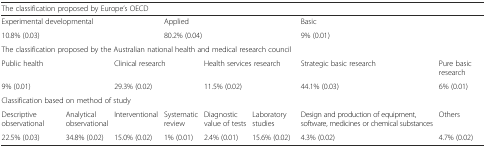
| <COLSPAN=8> The classification proposed by Europe’s OECD |
 | --- | --- | --- | --- | --- | --- | --- | --- |
 | <COLSPAN=3> Experimental developmental | <COLSPAN=3> Applied | <COLSPAN=2> Basic |
 | <COLSPAN=3> 10.8% (0.03) | <COLSPAN=3> 80.2% (0.04) | <COLSPAN=2> 9% (0.01) |
 | <COLSPAN=8> The classification proposed by the Australian national health and medical research council |
 | <COLSPAN=2> Public health | <COLSPAN=2> Clinical research | <COLSPAN=2> Health services research | Strategic basic research | Pure basic research |
 | <COLSPAN=2> 9% (0.01) | <COLSPAN=2> 29.3% (0.02) | <COLSPAN=2> 11.5% (0.02) | 44.1% (0.03) | 6% (0.01) |
 | <COLSPAN=8> Classification based on method of study |
 | Descriptive observational | Analytical observational | Interventional | Systematic review | Diagnostic value of tests | Laboratory studies | Design and production of equipment, software, medicines or chemical substances | Others |
 | 22.5% (0.03) | 34.8% (0.02) | 15.0% (0.02) | 1% (0.01) | 2.4% (0.01) | 15.6% (0.02) | 4.3% (0.02) | 4.7% (0.02) |